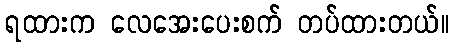
ရထားက လေအေးပေးစက် တပ်ထားတယ်။